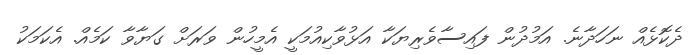
ދެކޮޅެއް ނަހަދާނެ. އަމުދުން ފައިސާވެރިޔަކާ އަޅުވާކިއުމަކީ އެމީހުން ވަރަށް ގަޔާވާ ކަމެއް. އެކަމަކު